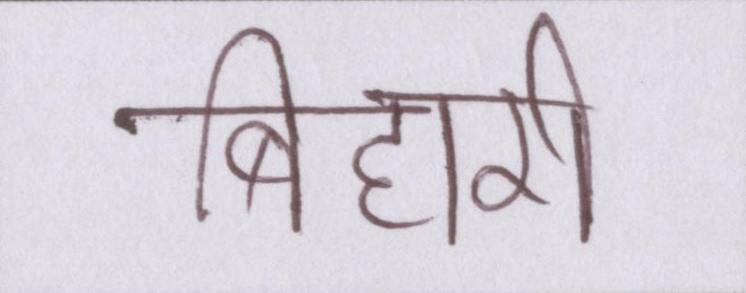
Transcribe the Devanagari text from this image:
बिहारी